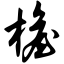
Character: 檐